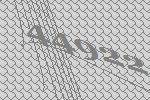
44922